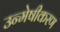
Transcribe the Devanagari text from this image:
उन्मेषीकरण